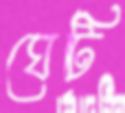
ঘেটি